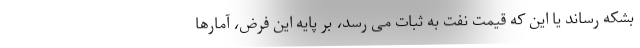
بشکه رساند یا این که قیمت نفت به ثبات می رسد، بر پایه این فرض، آمارها